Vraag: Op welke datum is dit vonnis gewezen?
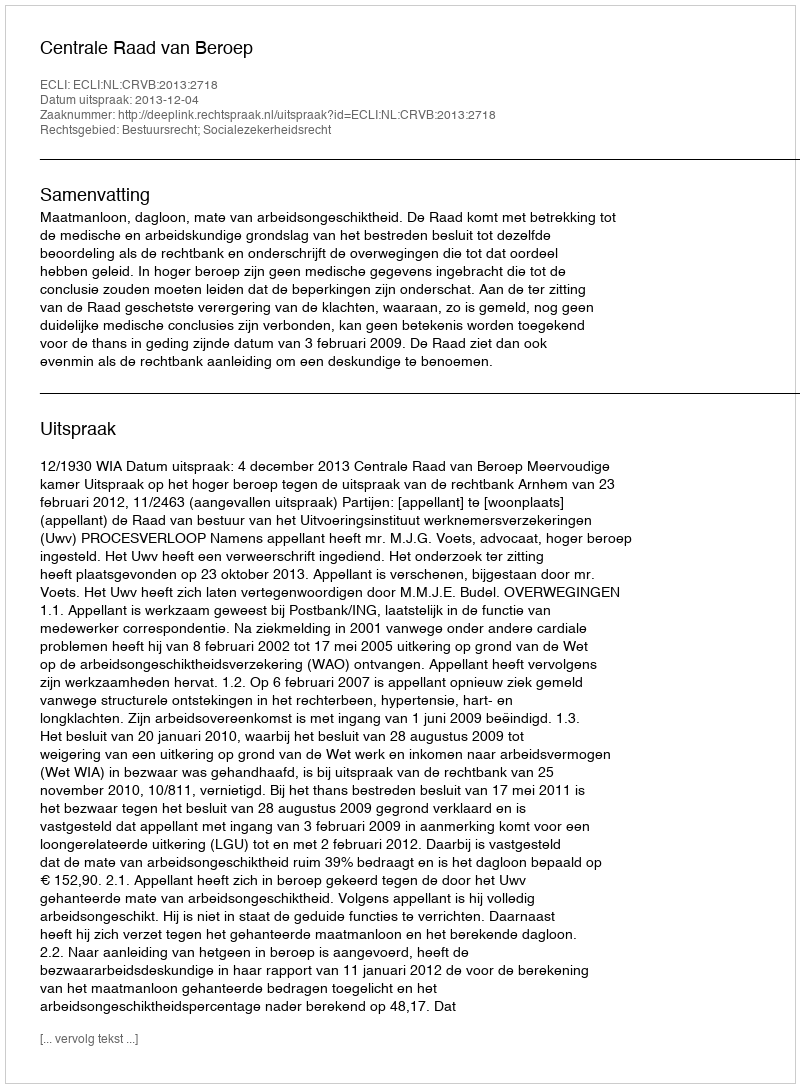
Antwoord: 2013-12-04